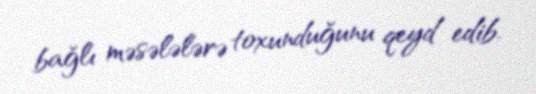
bağlı məsələlərə toxunduğunu qeyd edib.